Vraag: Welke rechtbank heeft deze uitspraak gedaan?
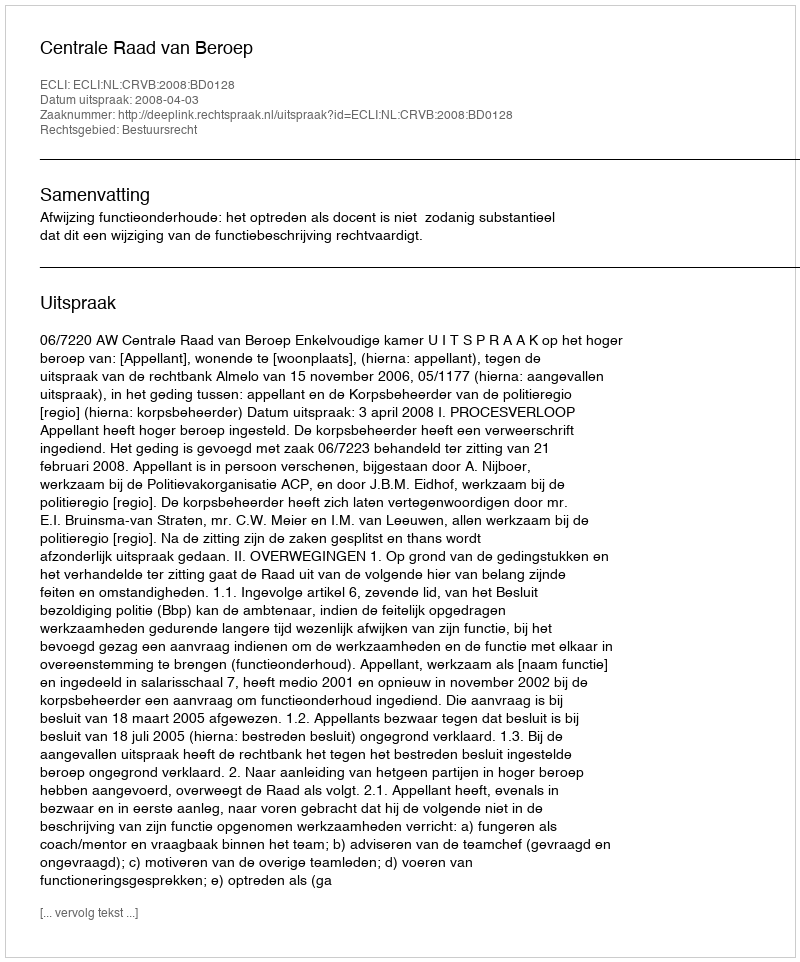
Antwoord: Centrale Raad van Beroep